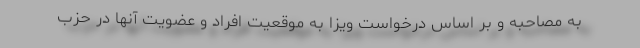
به مصاحبه و بر اساس درخواست ویزا به موقعیت افراد و عضویت آنها در حزب